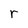
Character: r